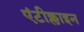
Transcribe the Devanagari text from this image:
एंटीक्लाइन